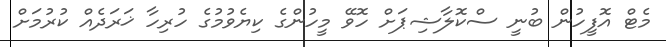
މެޓް އޮފީހުން ބުނީ ސްކޮލާޝިޕަށް ހޮވޭ މީހުންގެ ކިޔެވުމުގެ ހުރިހާ ޚަރަދެއް ކުރުމަށް